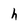
Character: h